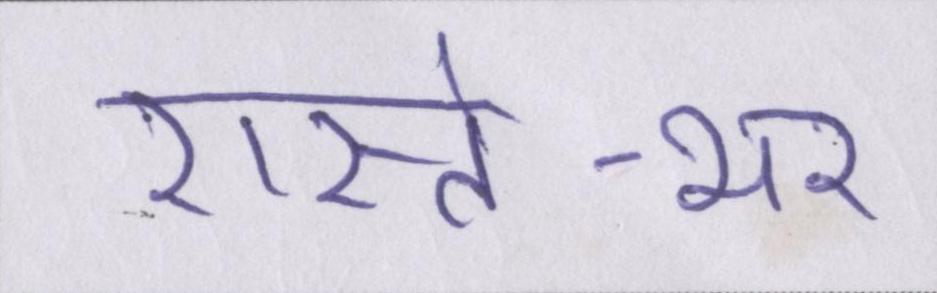
रास्ते-भर